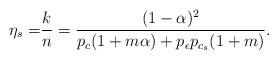
LaTeX: \begin{align*}\eta_s= & \dfrac{k}{n}=\dfrac{(1-\alpha)^{2}}{p_{c}(1+m\alpha)+p_{\epsilon}p_{c_{s}}(1+m)}.\end{align*}